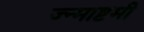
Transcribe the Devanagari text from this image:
ज्न्माष्टमी